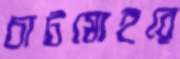
চাটমোহরে